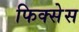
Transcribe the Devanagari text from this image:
फिक्सेस